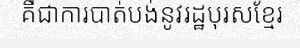
គឺជាការបាត់បង់នូវរដ្ឋបុរសខ្មែរ